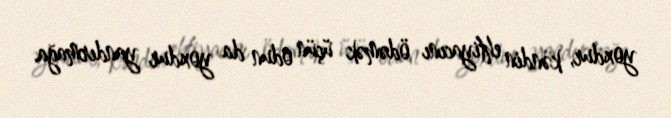
yoxdur, kəndin ehtiyacını ödəmək üçün odun da yoxdur yandırmağa.